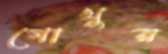
গোখুর